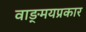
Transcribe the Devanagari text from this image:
वाङ्‌मयप्रकार